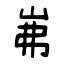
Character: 岪